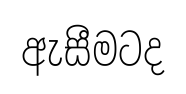
ඇසීමටද